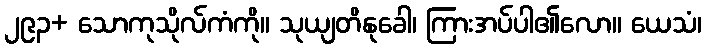
၂၉၃+ သောကုသိုလ်ကံကို။ သုယျတိနုခေါ၊ ကြားအပ်ပါ၏လော။ ယေသံ၊